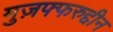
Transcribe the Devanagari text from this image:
मुज़फ्फरुद्दीन